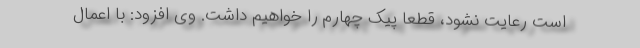
است رعایت نشود، قطعا پیک چهارم را خواهیم داشت. وی افزود: با اعمال